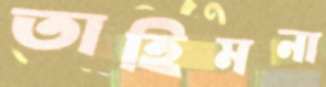
তাহিমনা